Scottish Leaving Certificate Examination, 1956
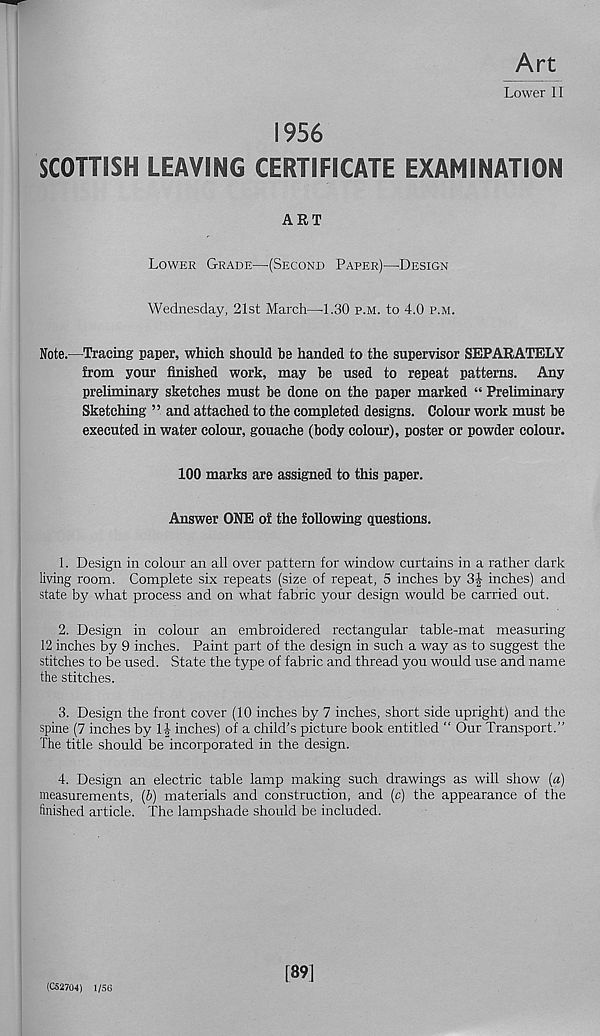
Art
Lower II
1956
SCOTTISH LEAVING CERTIFICATE EXAMINATION
ART
Lower Grade—(Second Paper)—Design
Wednesday, 21st March—1.30 p.m. to 4.0 p.m.
Note.—Tracing paper, which should be handed to the supervisor SEPARATELY
from your finished work, may be used to repeat patterns. Any
preliminary sketches must be done on the paper marked “ Preliminary
Sketching ” and attached to the completed designs. Colour work must be
executed in water colour, gouache (body colour), poster or powder colour,
100 marks are assigned to this paper.
Answer ONE of the following questions.
1. Design in colour an all over pattern for window curtains in a rather dark
living room. Complete six repeats (size of repeat, 5 inches by
inches) and
state by what process and on what fabric your design would be carried out.
2. Design in colour an embroidered rectangular table-mat measuring
12 inches by 9 inches. Paint part of the design in such a way as to suggest the
stitches to be used. State the type of fabric and thread you would use and name
the stitches.
3. Design the front cover (10 inches by 7 inches, short side upright) and the
spine (7 inches by 1| inches) of a child’s picture book entitled " Our Transport.”
The title should be incorporated in the design.
4. Design an electric table lamp making such drawings as will show («)
measurements, (&) materials and construction, and (c) the appearance of the
finished article. The lampshade should be included.
(C52704) 1/56
[39]